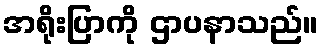
အရိုးပြာကို ဌာပနာသည်။